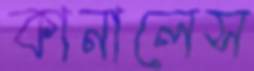
কানালেস